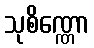
သုစိဏ္ဏော